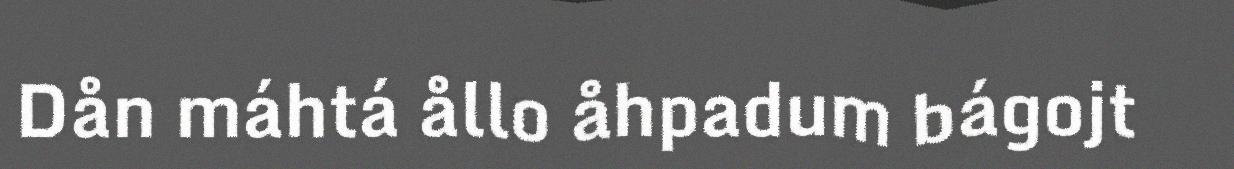
Dån máhtá ållo åhpadum bágojt